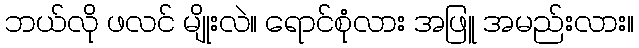
ဘယ်လို ဖလင် မျိုးလဲ။ ရောင်စုံလား အဖြူ အမည်းလား။